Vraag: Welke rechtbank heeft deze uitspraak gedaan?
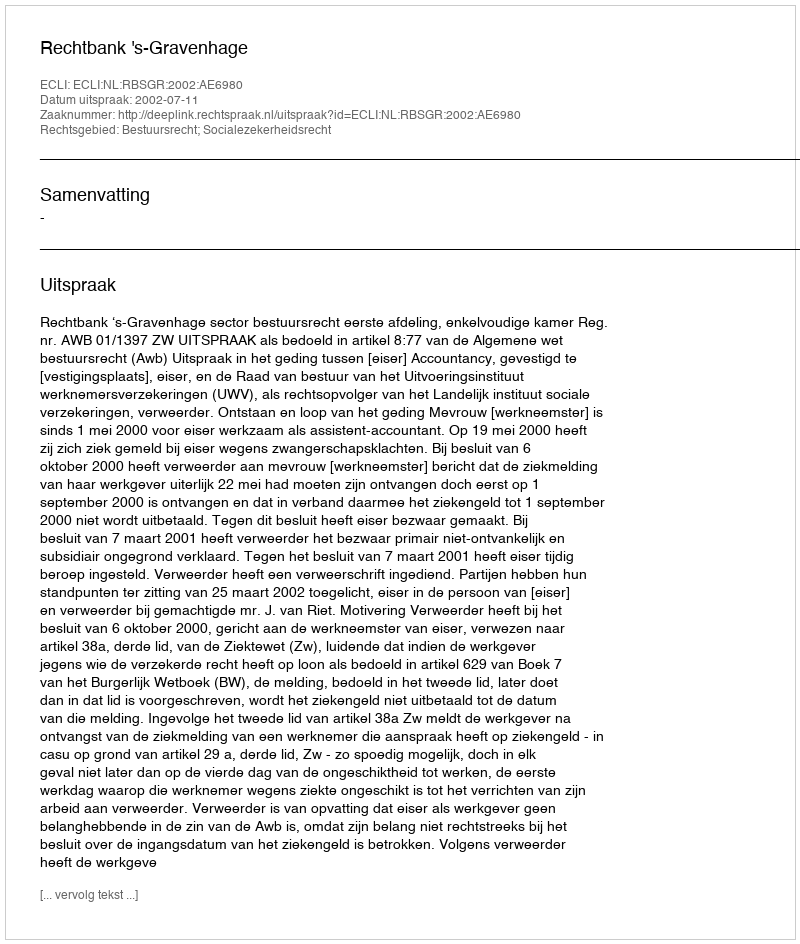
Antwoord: Rechtbank 's-Gravenhage